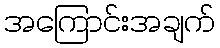
အကြောင်းအချက်